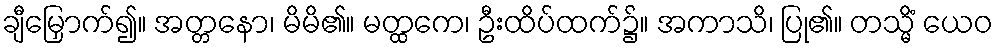
ချီမြှောက်၍။ အတ္တနော၊ မိမိ၏။ မတ္ထကေ၊ ဦးထိပ်ထက်၌။ အကာသိ၊ ပြု၏။ တသ္မိံ ယေဝ